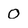
Character: 0